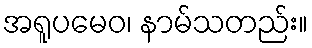
အရူပမေဝ၊ နာမ်သတည်း။